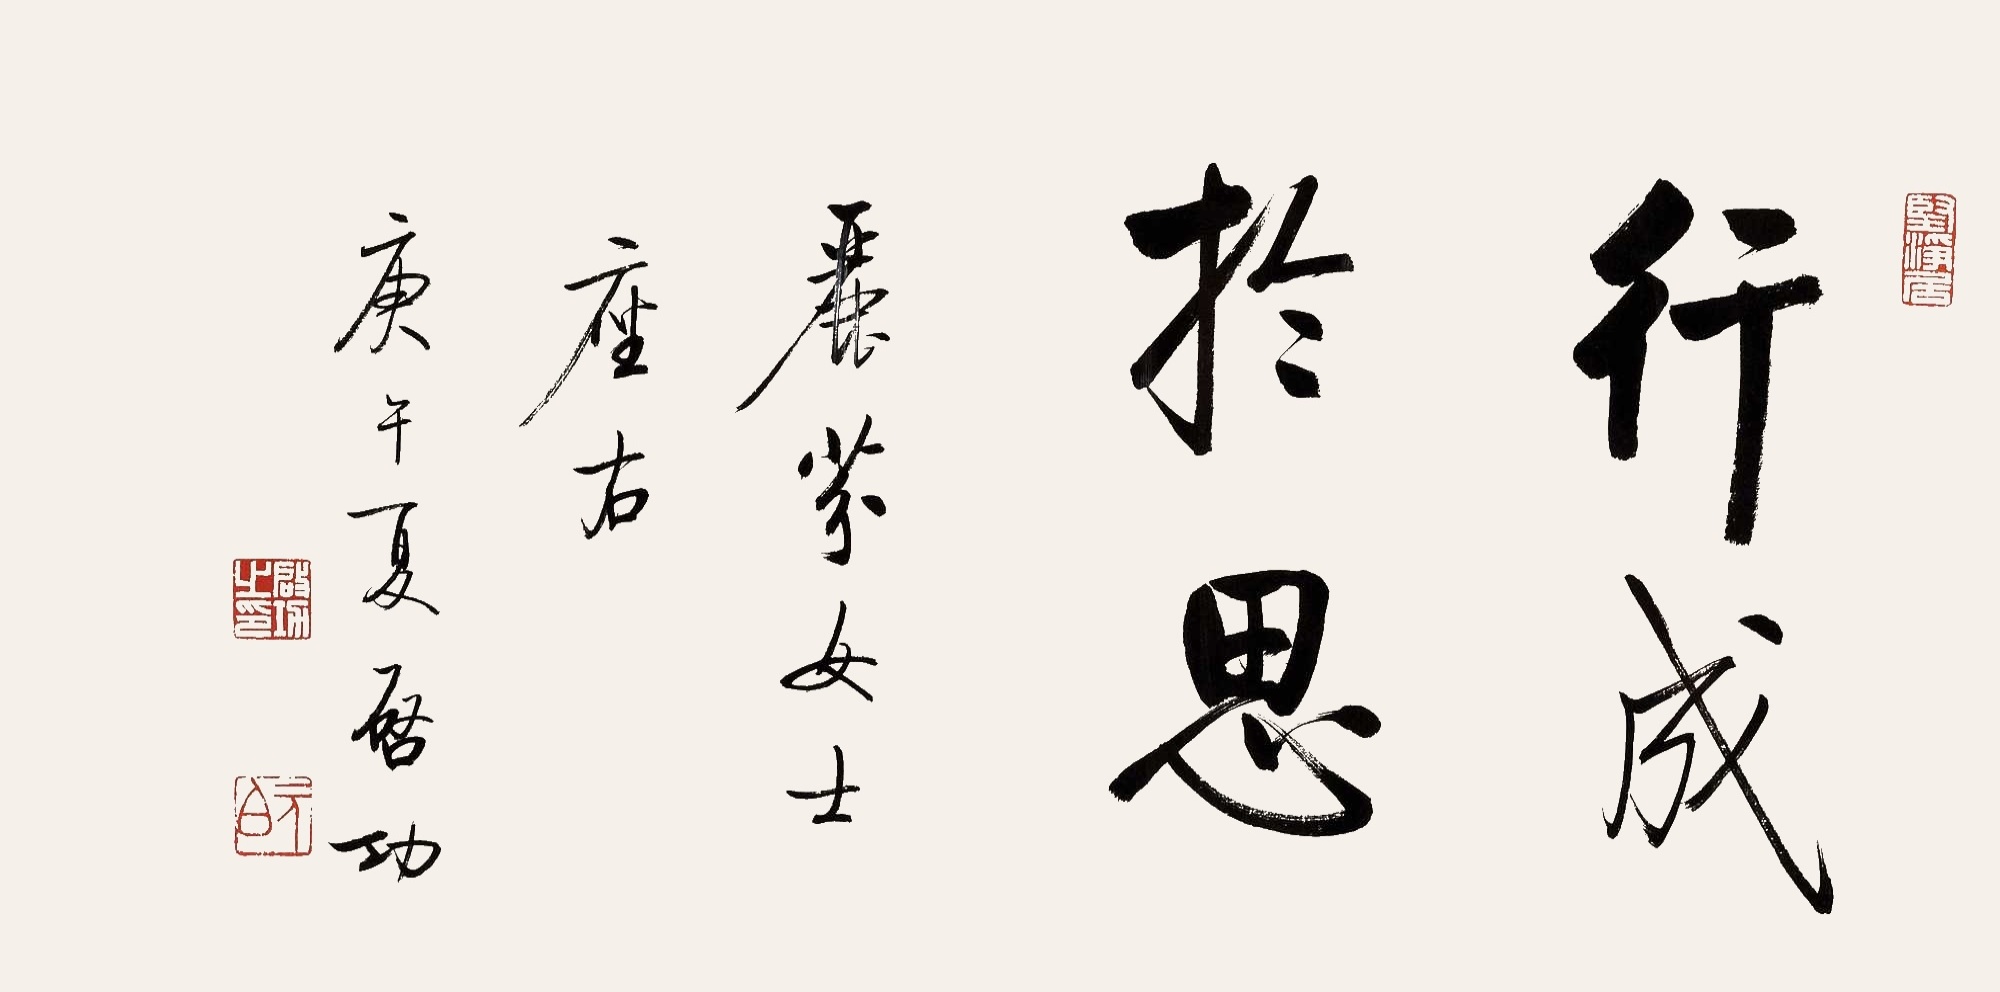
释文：行成于思。丽芬女士座右。庚午夏，启功。